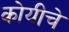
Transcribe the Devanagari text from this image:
कोयीचे